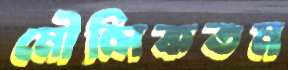
মৌলিকতম